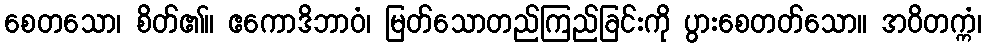
စေတသော၊ စိတ်၏။ ဧကောဒိဘာဝံ၊ မြတ်သောတည်ကြည်ခြင်းကို ပွားစေတတ်သော။ အဝိတက္ကံ၊